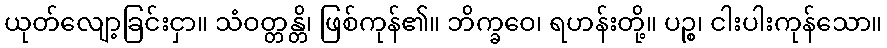
ယုတ်လျော့ခြင်းငှာ။ သံဝတ္တန္တိ၊ ဖြစ်ကုန်၏။ ဘိက္ခဝေ၊ ရဟန်းတို့။ ပဉ္စ၊ ငါးပါးကုန်သော။